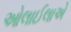
ઓલાઈલાએ